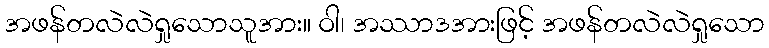
အဖန်တလဲလဲရှုသောသူအား။ ဝါ၊ အဿာဒအားဖြင့် အဖန်တလဲလဲရှုသော